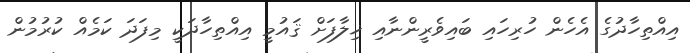
އިއްތިހާދުގެ އެހެން ހުރިހައި ބައިވެރީންނާއި ޚިލާފަށް ޤައުމީ އިއްތިހާދަކީ މިފަދަ ކަމެއް ކުރުމުން